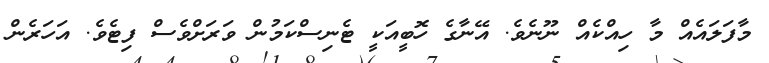
މާފަލައެއް މާ ހިއްކެއް ނޫނެވެ. އޭނާގެ ހޮބީއަކީ ޓެނިސްކަމުން ވަރަށްވެސް ފިޓެވެ. އަހަރެން